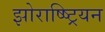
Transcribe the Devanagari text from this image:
झोराष्ष्ट्रियन